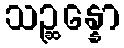
သဉ္ဆန္နော